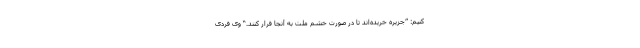
کنیم: ”جزیره خریده‌اند تا در صورت خشم ملت به آنجا فرار کنند.“ وی فردی